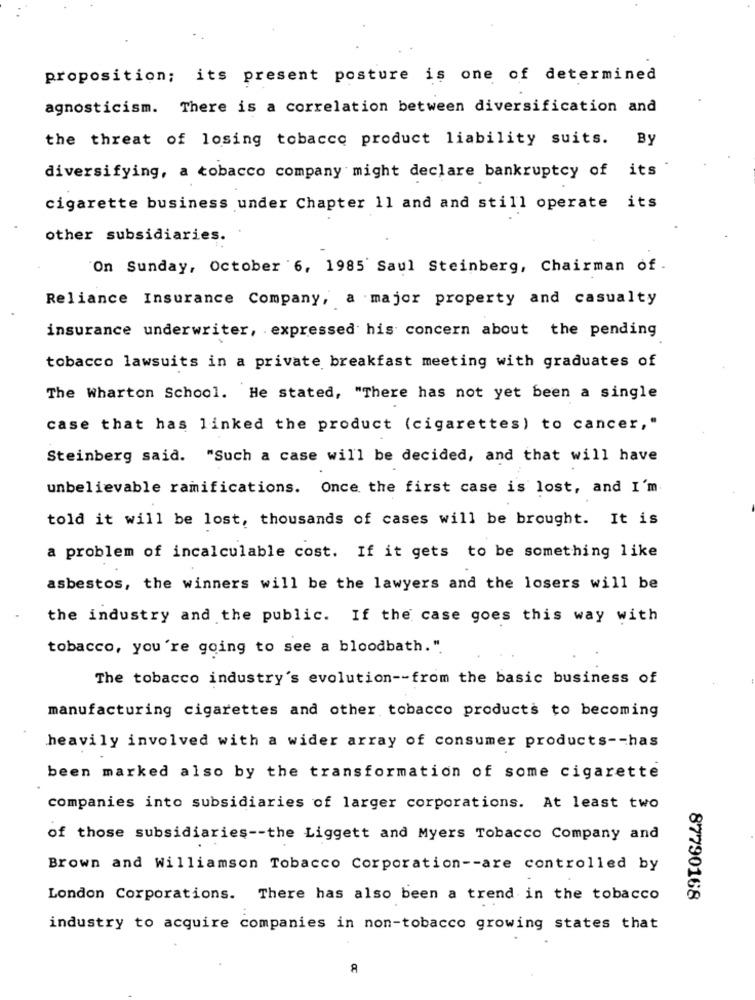
proposition; its present posture is one of determined
agnosticism. There is a correlation between diversification and
the threat of losing tobacco product liability suits. By
diversifying, a tobacco company might declare bankruptcy of its
cigarette business under Chapter 11 and and still operate its
other subsidiaries.
On Sunday, October 6, 1985' Saul Steinberg, Chairman of .
Reliance Insurance Company, a major property and casualty
insurance underwriter, expressed his concern about the pending
tobacco lawsuits in a private breakfast meeting with graduates of
The Wharton School. He stated, "There has not yet been a single
case that has linked the product (cigarettes) to cancer,"
Steinberg said. "Such a case will be decided, and that will have
unbelievable ramifications. Once the first case is lost, and I'm
told it will be lost, thousands of cases will be brought. It is
a problem of incalculable cost. If it gets to be something like
asbestos, the winners will be the lawyers and the losers will be
the industry and the public. If the case goes this way with
tobacco, you're going to see a bloodbath.".
The tobacco industry's evolution -- from the basic business of
manufacturing cigarettes and other tobacco products to becoming
heavily involved with a wider array of consumer products -- has
been marked also by the transformation of some cigarette
companies into subsidiaries of larger corporations. At least two
of those subsidiaries -- the Liggett and Myers Tobacco Company and
Brown and Williamson Tobacco Corporation -- are controlled by
London Corporations. There has also been a trend in the tobacco
87790168
industry to acquire companies in non-tobacco growing states that
8